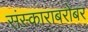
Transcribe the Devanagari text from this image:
संस्काराबरोबर